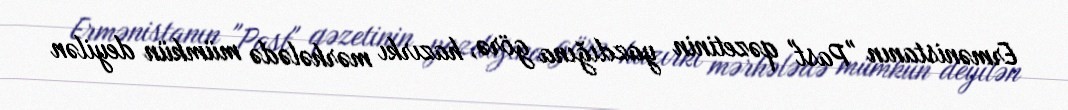
Ermənistanın "Past" qəzetinin yazdığına görə, hazırkı mərhələdə mümkün deyilən